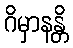
ဂိမှာနန္တိ